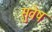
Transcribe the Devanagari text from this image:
सुवेष